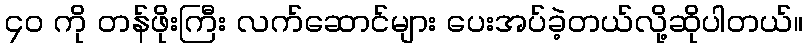
၄၀ ကို တန်ဖိုးကြီး လက်ဆောင်များ ပေးအပ်ခဲ့တယ်လို့ဆိုပါတယ်။